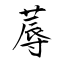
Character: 蓐